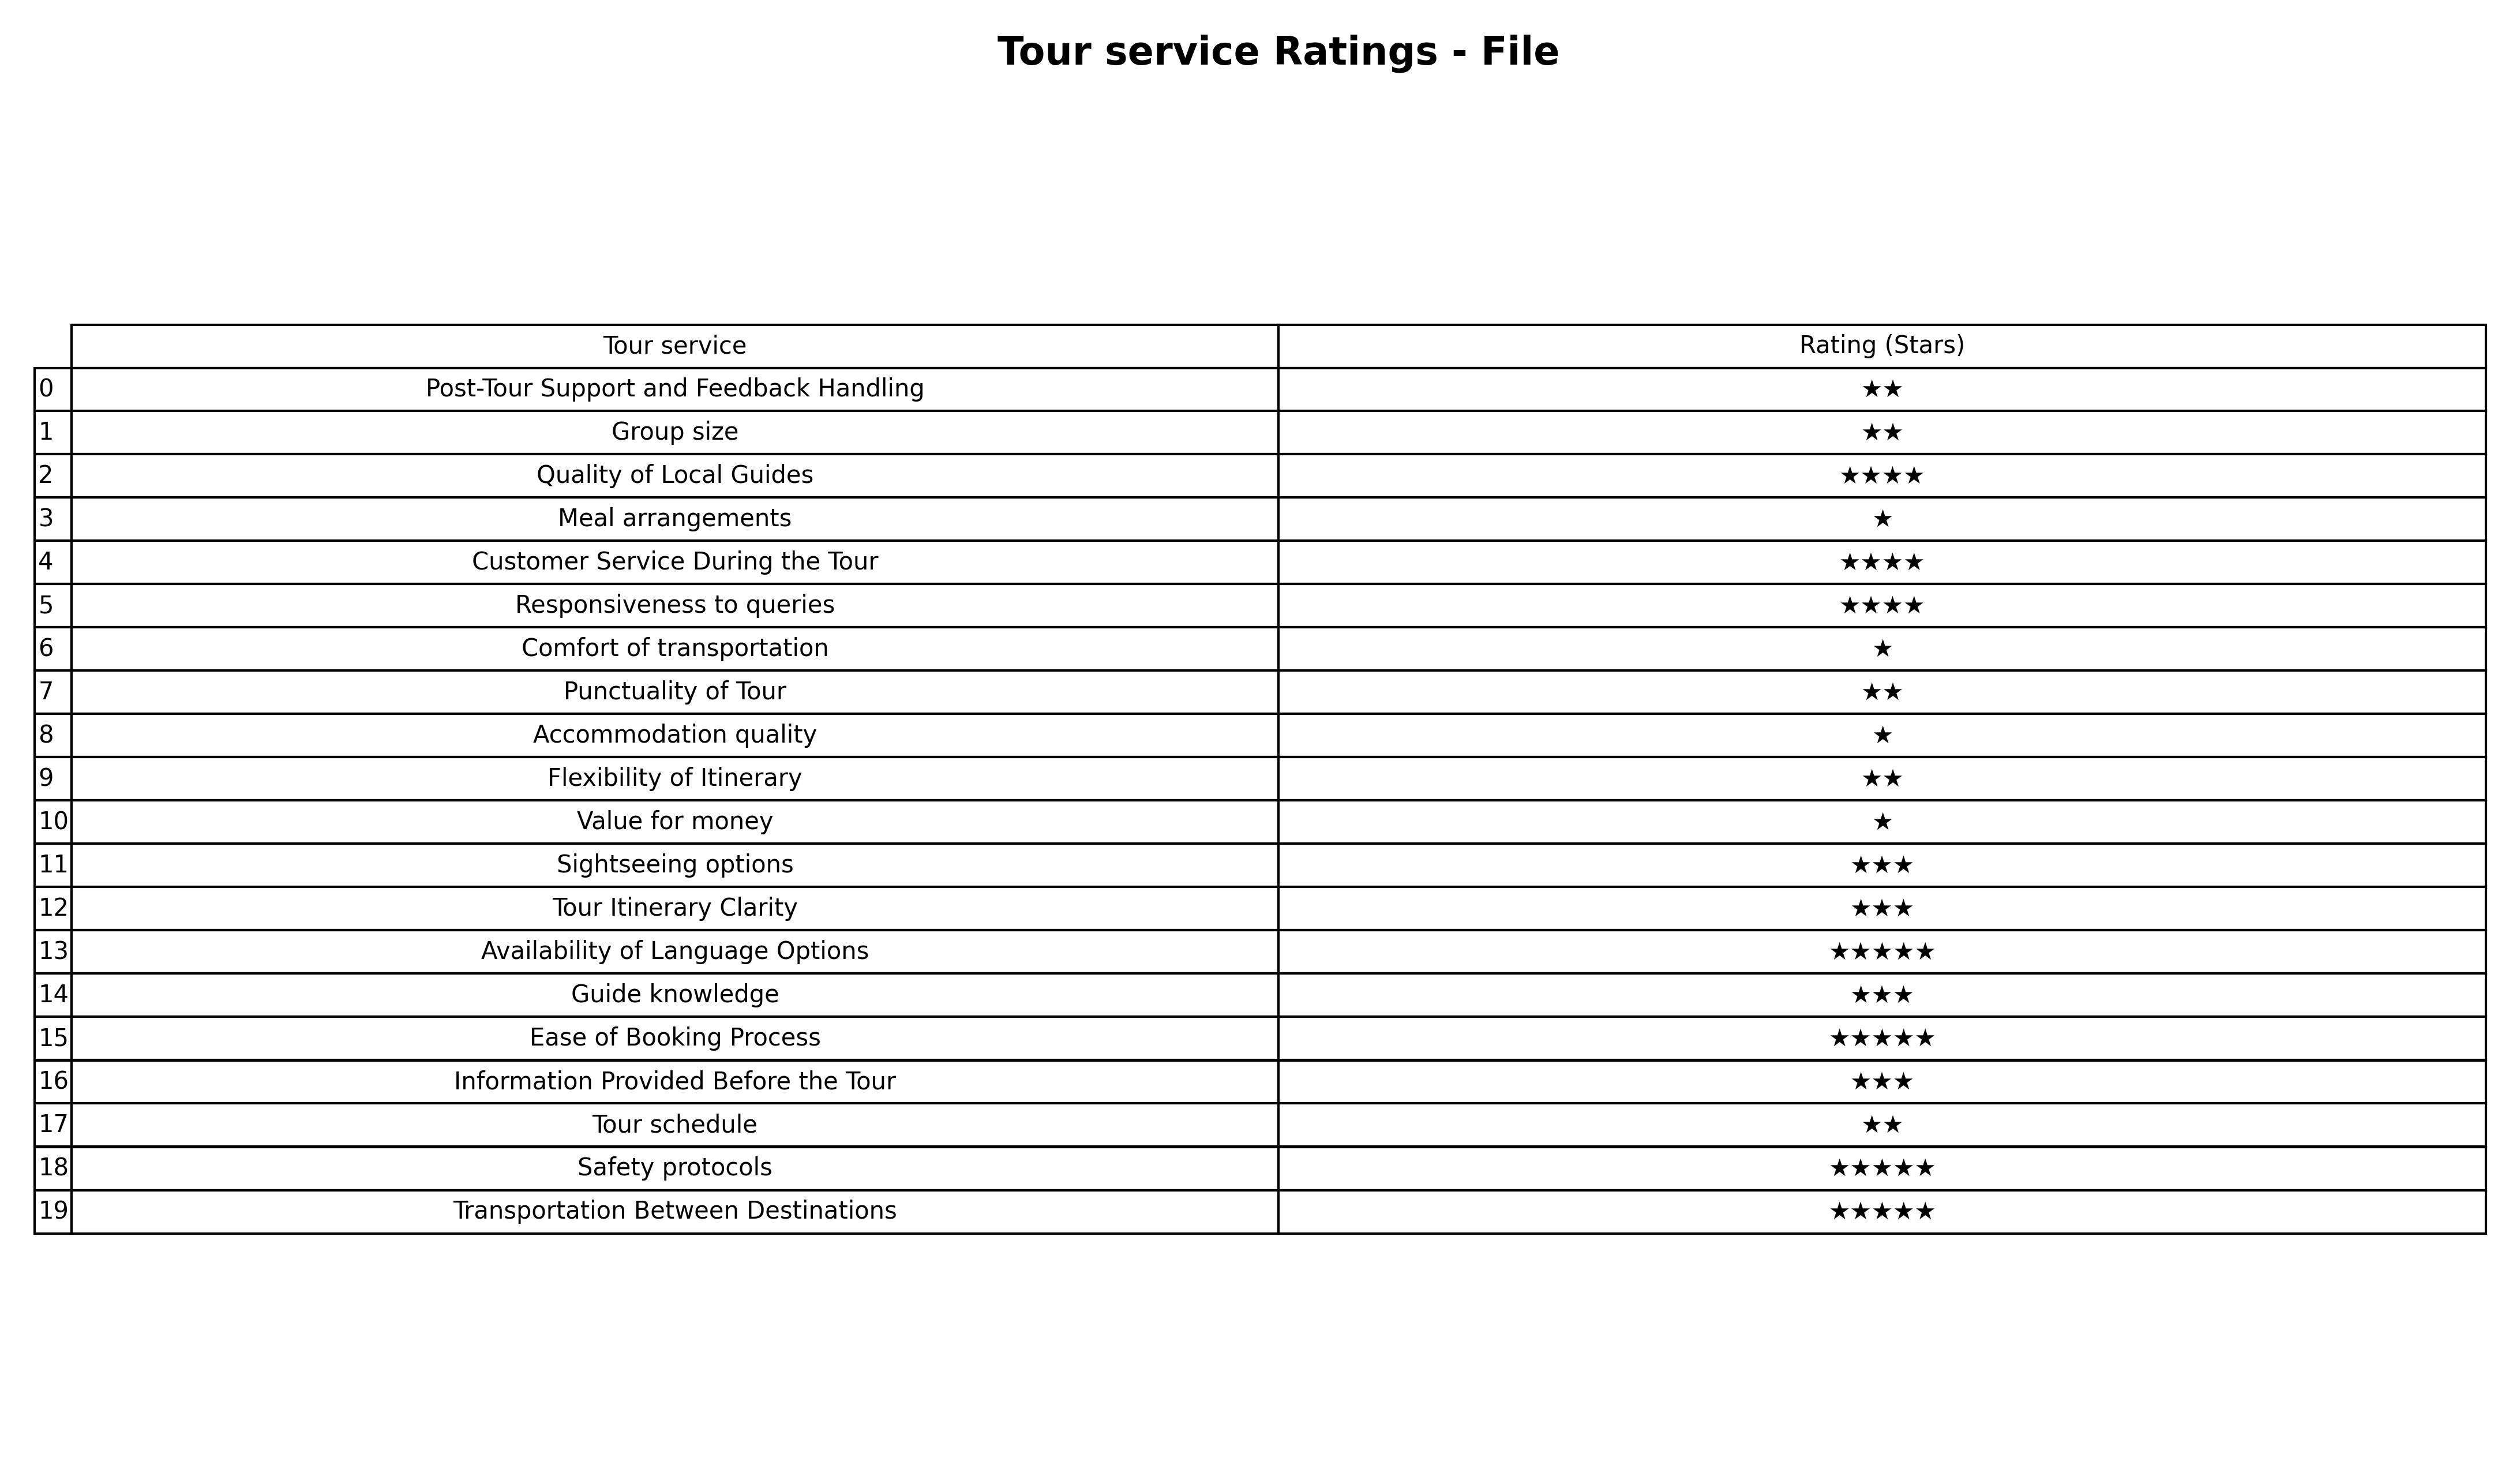
question: What are highest rating services?
answer: Post-Tour Support and Feedback HandlingGroup sizePunctuality of TourFlexibility of ItineraryTour schedule